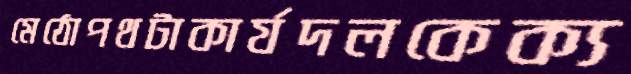
মেঠোপথটাকার্যদলকেক্য